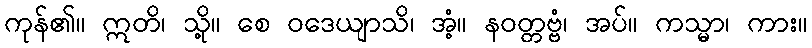
ကုန်၏။ ဣတိ၊ သို့။ စေ ဝဒေယျာသိ၊ အံ့။ နဝတ္တဗ္ဗံ၊ အပ်။ ကသ္မာ၊ ကား။